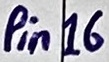
Text: Pin16